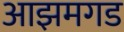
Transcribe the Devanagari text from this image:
आझमगड